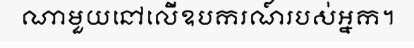
ណាមួយនៅលើឧបករណ៍របស់អ្នក។